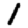
Digit: 1